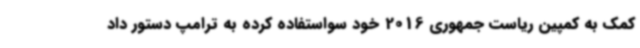
کمک به کمپین ریاست جمهوری 2016 خود سواستفاده کرده به ترامپ دستور داد